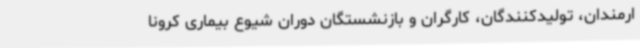
ارمندان، تولیدکنندگان، کارگران و بازنشستگان دوران شیوع بیماری کرونا